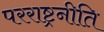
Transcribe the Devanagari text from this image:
परराष्ट्रनीति